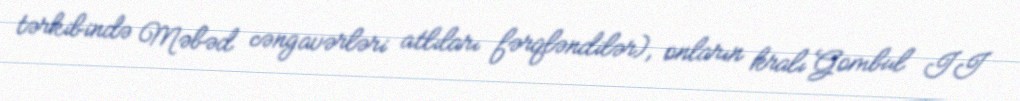
tərkibində Məbəd cəngavərləri atlıları fərqləndilər), onların kralı Gombul II